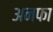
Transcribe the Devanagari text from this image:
अनफा